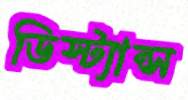
ডিস্ট্যান্স